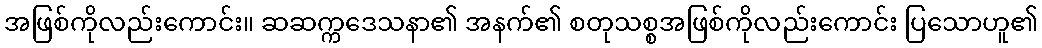
အဖြစ်ကိုလည်းကောင်း။ ဆဆက္ကဒေသနာ၏ အနက်၏ စတုသစ္စအဖြစ်ကိုလည်းကောင်း ပြသောဟူ၏